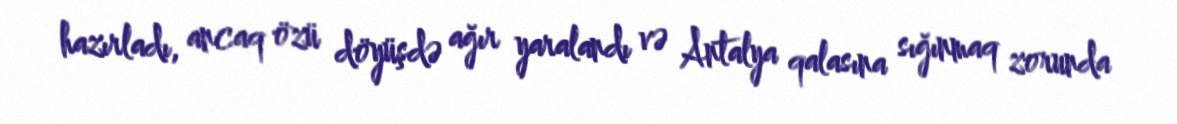
hazırladı, ancaq özü döyüşdə ağır yaralandı və Antalya qalasına sığınmaq zorunda